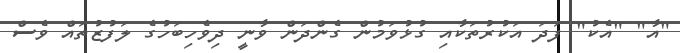
"އާ" "އެކު" ފަދަ އަކުރުތަކާއި ގުޅުވަމުން ގެންދަން ވާނީ ދިވެހިބަހުގެ ލަފުޒުތައް ވެސް